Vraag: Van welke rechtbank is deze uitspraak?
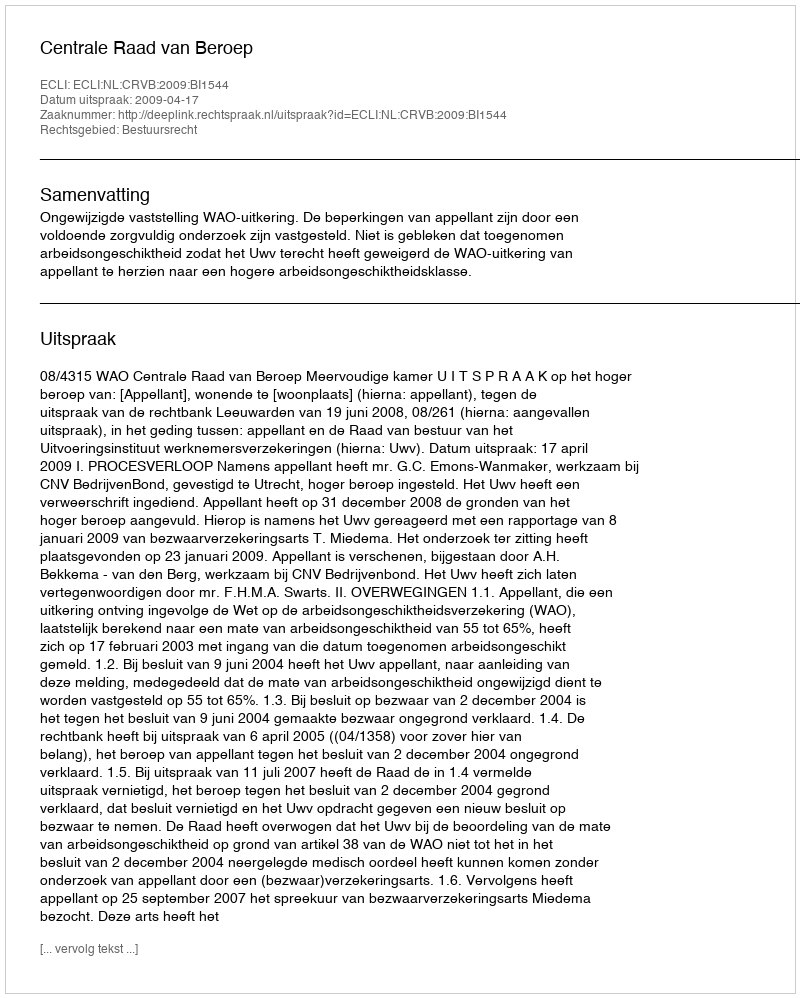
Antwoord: Centrale Raad van Beroep